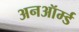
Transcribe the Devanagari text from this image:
अनऑर्म्ड